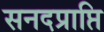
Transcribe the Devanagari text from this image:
सनदप्राप्ति